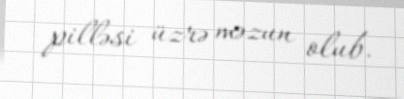
pilləsi üzrə məzun olub.